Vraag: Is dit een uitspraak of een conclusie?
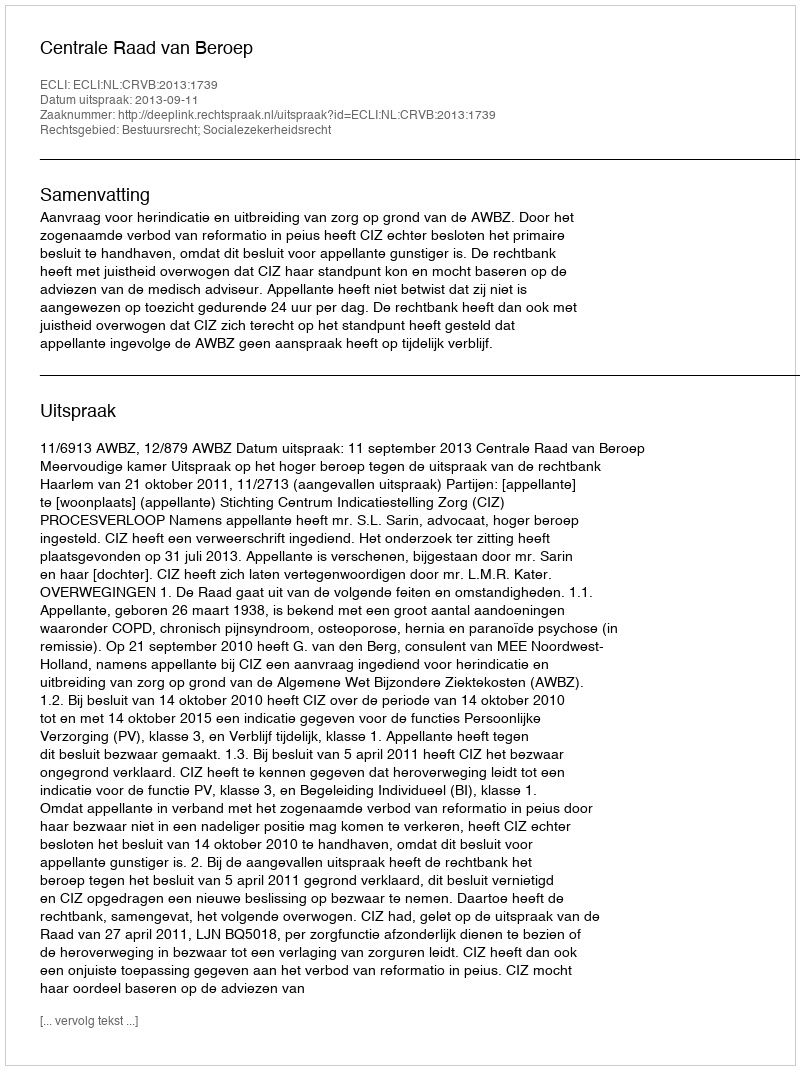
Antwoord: Uitspraak